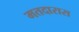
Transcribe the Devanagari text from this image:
मतदारास